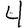
Digit: 4